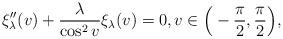
LaTeX: \begin{align*}\xi_{\lambda}''(v) + \frac{\lambda}{\cos^2 v} \xi_\lambda(v) = 0, v \in \Big(-\frac{\pi}{2}, \frac{\pi}{2} \Big), \end{align*}